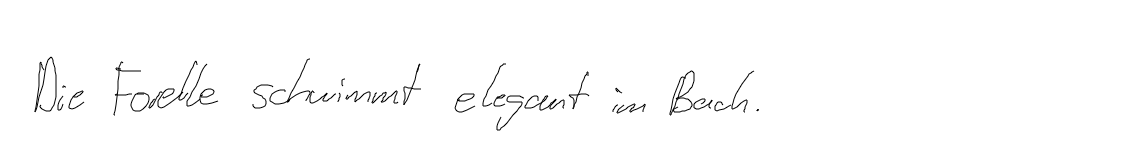
Die Forelle schwimmt elegant im Bach.